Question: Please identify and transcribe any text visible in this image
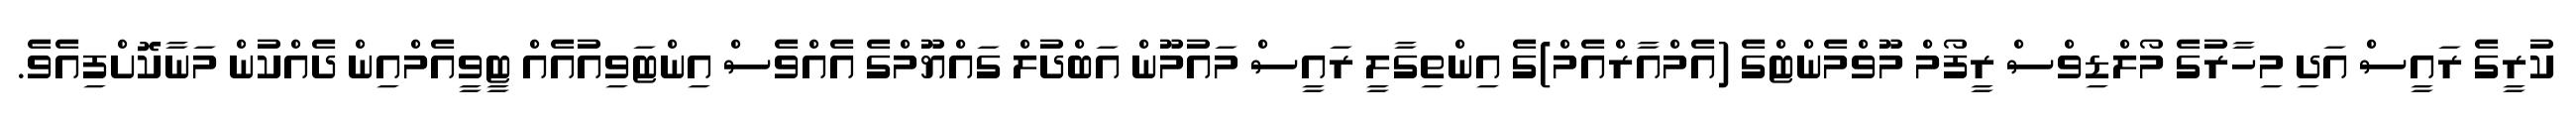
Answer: ކުރީގެ ރައީސް އަދި މިހާރުގެ މޯލްޑިވްސް ރީފޯމް މޫވްމެންޓްގެ (އެމްއާރްއެމް)ގެ އިންތިގާލީ ރައީސް މައުމޫން އަބްދުލް ގައްޔޫމްގެ އެއްވެސް އިންޓަވިއުއެއް ޓީވީއެމްއިން ދެއްކުން މަނާކޮށްފިއެވެ.